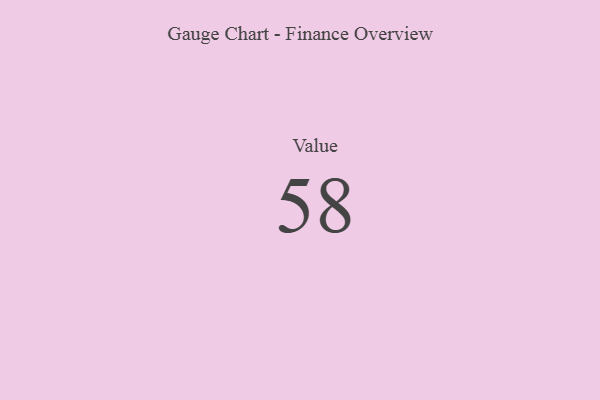
{"axis": {"x": "Metric", "y": "Value"}, "legend": [""], "data": [{"x": "Value", "y": 58, "type": ""}]}